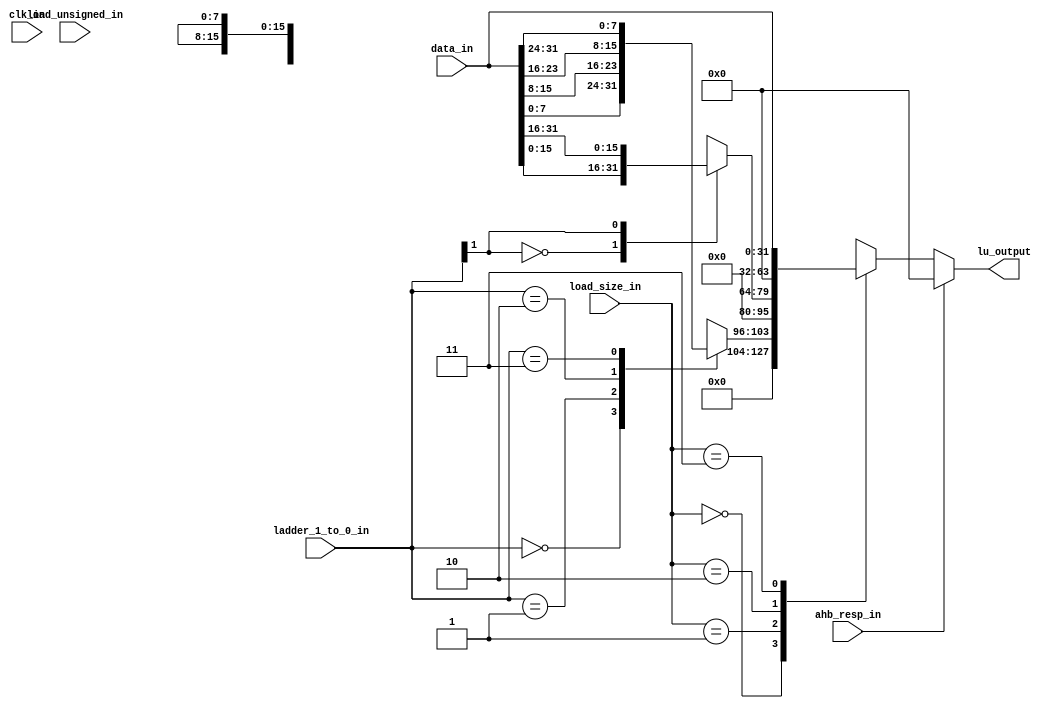
module msrv32_lu (
    input [1:0] load_size_in,
    input clk_in,
    input load_unsigned_in,
    input [31:0] data_in,
    input [1:0] ladder_1_to_0_in,
    input ahb_resp_in,
    output reg [31:0] lu_output
);

reg [7:0] data_byte;
reg [15:0] data_half;
wire [23:0] byte_ext;
wire [15:0] half_ext;

always @(*)
begin
    if (!ahb_resp_in)
    begin
        case (load_size_in)
            2'b00: lu_output = {8'h00, data_byte};
            2'b01: lu_output = {16'h0000, data_half};
            2'b10: lu_output = 32'b0;
            2'b11: lu_output = data_in;
        endcase
    end
    else
    begin
        lu_output = 32'b0; // Set lu_output to zero when ahb_resp_in is active.
    end
end

always @(*)
begin
    case (ladder_1_to_0_in)
        2'b00: data_byte = data_in[7:0];
        2'b01: data_byte = data_in[15:8];
        2'b10: data_byte = data_in[23:16];
        2'b11: data_byte = data_in[31:24];
    endcase
end

always @(*)
begin
    case (ladder_1_to_0_in[1])
        1'b0: data_half = data_in[15:0];
        1'b1: data_half = data_in[31:16];
    endcase
end

assign byte_ext = load_unsigned_in ? {24 {data_byte[7]}} : 24'b0;
assign half_ext = load_unsigned_in ? {16 {data_half[15]}} : 16'b0;

endmodule